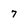
Character: 7